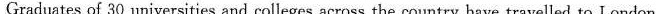
Graduates of 30 universities and colleges across the country have travelled to London